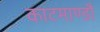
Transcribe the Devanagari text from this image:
काटमाण्डौ